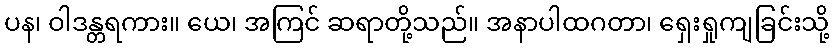
ပန၊ ဝါဒန္တရကား။ ယေ၊ အကြင် ဆရာတို့သည်။ အနာပါထဂတာ၊ ရှေးရှုကျခြင်းသို့